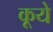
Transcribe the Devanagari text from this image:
कूये